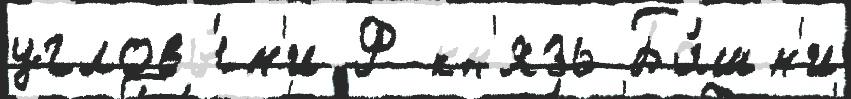
угловы́м'и Ф кн'язь Ба́шн'и